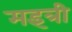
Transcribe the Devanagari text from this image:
मइत्री